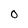
Character: O